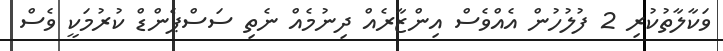
ވަކާލާތުކުރި 2 ފުލުހުން އެއްވެސް އިންޒާރެއް ދިނުމެއް ނެތި ސަސްޕެންޑް ކުރުމަކީ ވެސް